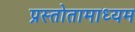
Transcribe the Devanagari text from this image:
प्रस्तोतामाध्यम